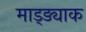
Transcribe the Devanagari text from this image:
माड्ड्याक